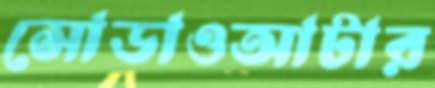
সোডাওআটার